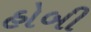
હોબી